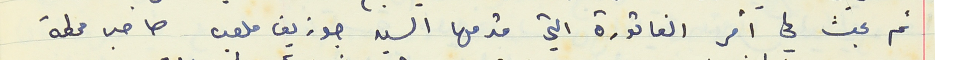
ثم بحث في امر الفاتورة التي قدمها السيد جوزيف ملعب صاحب محطة